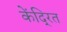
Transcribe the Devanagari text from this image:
केंदि्रत